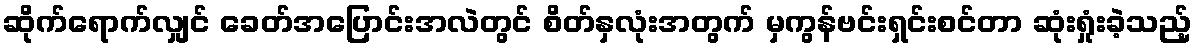
ဆိုက်ရောက်လျှင် ခေတ်အပြောင်းအလဲတွင် စိတ်နှလုံးအတွက် မှကွန်ဗင်းရှင်းစင်တာ ဆုံးရှုံးခဲ့သည့်